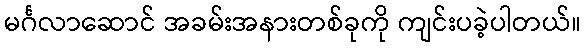
မင်္ဂလာဆောင် အခမ်းအနားတစ်ခုကို ကျင်းပခဲ့ပါတယ်။